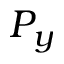
P _ { y }